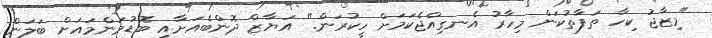
"މިޒާޖު ކިހާ ތަފާތުކަން މިހާރު އެނގިއްޖެކަމަށް ހީކުރަން." އަޔާޒް ދޮންބެއަށާއި ބޮޑުމަންމައަށް ބަލަން